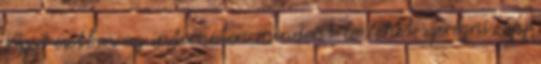
Végső esetben az interneten mindent be lehet szerezni, így